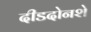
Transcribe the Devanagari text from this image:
दीडदोनशे